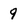
Character: 9